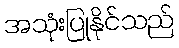
အသုံးပြုနိုင်သည်